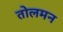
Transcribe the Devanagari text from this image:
तोलमन